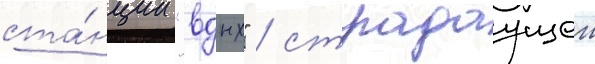
ста́нции "вднх" / страдаущеи